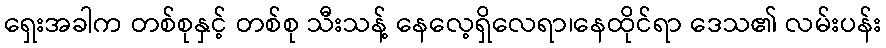
ရှေးအခါက တစ်စုနှင့် တစ်စု သီးသန့် နေလေ့ရှိလေရာ၊နေထိုင်ရာ ဒေသ၏ လမ်းပန်း